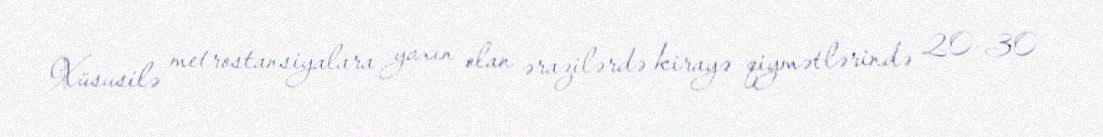
Xüsusilə metrostansiyalara yaxın olan ərazilərdə kirayə qiymətlərində 20-30